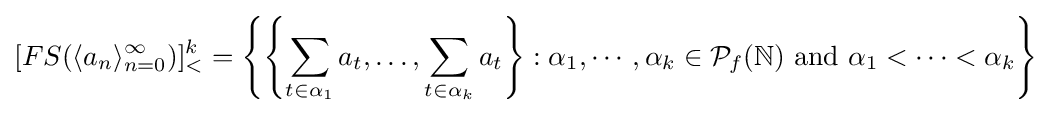
[FS(\langle a_{n}\rangle _{n=0}^{\infty })]_{<}^{k}=\left\{\left\{\sum _{t\in \alpha _{1}}a_{t},\ldots ,\sum _{t\in \alpha _{k}}a_{t}\right\}:\alpha _{1},\cdots ,\alpha _{k}\in {\mathcal {P}}_{f}(\mathbb {N} ){\text{ and }}\alpha _{1}<\cdots <\alpha _{k}\right\}